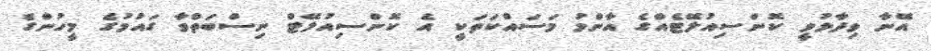
އޭނާ ވިދާޅުވީ ކޮންސިއުލޭޓެއްގެ އާންމު މަސައްކަތަކީ އެ ކޮންސިއުލޭޓް ނިސްބަތްވާ ގައުމުގެ މީހުންގެ